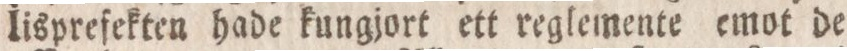
lisprefekten hade kungjort ett reglemente emot de